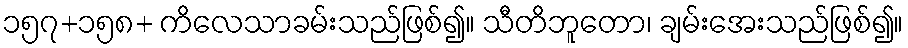
၁၅၇+၁၅၈+ ကိလေသာခမ်းသည်ဖြစ်၍။ သီတိဘူတော၊ ချမ်းအေးသည်ဖြစ်၍။